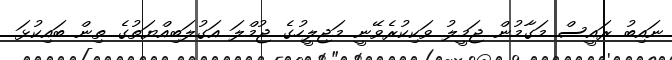
ނައިބު ރައީސް މަގާމުން ޖަމީލު ވަކިކުރެވޭނީ މަޖިލީހުގެ ޖުމްލަ އަގުލަބިއްޔަތުގެ ތިން ބައިކުޅަ